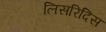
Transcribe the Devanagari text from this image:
लिसरिदिस